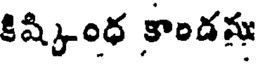
కిష్కింధ కాండను